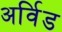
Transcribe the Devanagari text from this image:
अर्विड